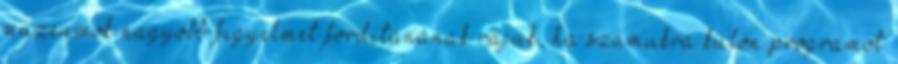
múzeumok nagyobb figyelmet fordítanának rájuk, ha számukra külön programot